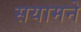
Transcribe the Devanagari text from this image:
सयामने